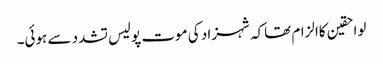
لواحقین کاالزام تھاکہ شہزاد کی موت پولیس تشدد سے ہوئی۔